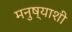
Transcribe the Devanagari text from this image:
मनुष्याशी